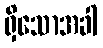
ရှိသောအခါ